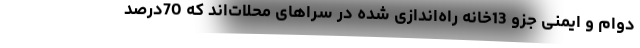
دوام و ایمنی جزو 13خانه راه‌اندازی شده در سراهای محلات‌اند که 70درصد